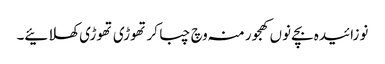
نوزائیدہ بچے نو‏‏ں کھجور منہ وچ چبا کر تھوڑی تھوڑی کھلائیے۔